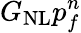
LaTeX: \textit{G}_{\mathrm{NL}}\textit{p}_{f}^{n}